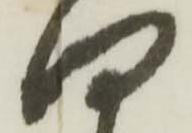
何